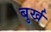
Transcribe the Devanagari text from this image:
बुर्ख